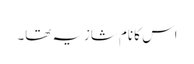
اس کا نام شازیہ تھا۔